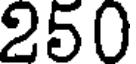
250